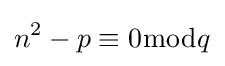
n^{2}-p\equiv 0{\bmod {q}}